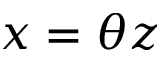
x = \theta z